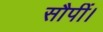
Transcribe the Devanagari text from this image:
सौपीं।